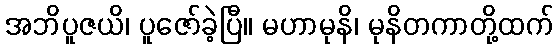
အဘိပူဇယိ၊ ပူဇော်ခဲ့ပြီ။ မဟာမုနိ၊ မုနိတကာတို့ထက်